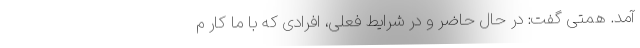
آمد. همتی گفت: در حال حاضر و در شرایط فعلی، افرادی که با ما کار م